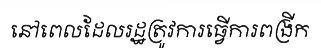
នៅពេលដែលរដ្ឋត្រូវការធ្វើការពង្រីក